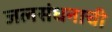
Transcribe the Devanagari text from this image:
जलसंधनाची